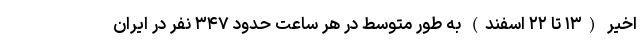
اخیر (۱۳ تا ۲۲ اسفند) به طور متوسط در هر ساعت حدود ۳۴۷ نفر در ایران